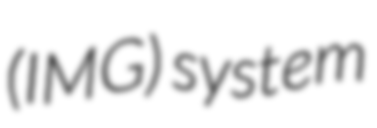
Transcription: (IMG) system